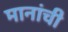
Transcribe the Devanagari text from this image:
मानांची